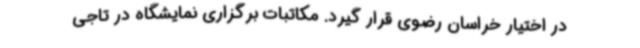
در اختیار خراسان رضوی قرار گیرد. مکاتبات برگزاری نمایشگاه در تاجی